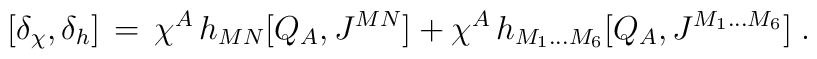
[\delta_{\chi},\delta_h]\,=\,\chi^A\,h_{MN}[Q_A,J^{MN}]+\chi^A\,h_{M_1\ldots M_6}[Q_A,J^{M_1\ldots M_6}]\;.